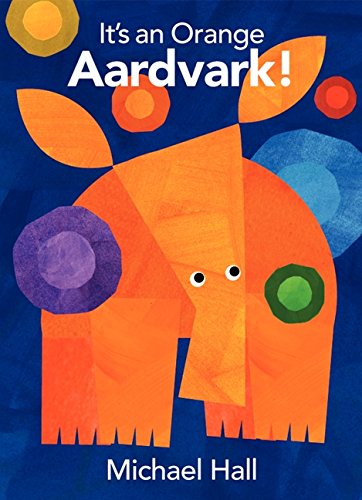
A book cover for It's an Orange Aardvark!; Michael Hall; Children's Books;